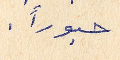
حبوراً